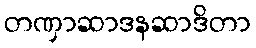
တဏှာဆာဒနဆာဒိတာ